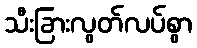
သီးခြားလွတ်လပ်စွာ